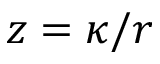
z = \kappa / r